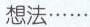
想法……